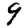
Digit: 9